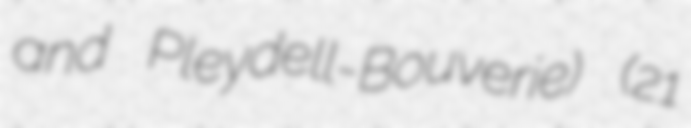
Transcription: and Pleydell-Bouverie) (21